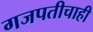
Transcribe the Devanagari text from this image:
गजपतीचाही